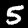
Digit: 5